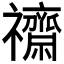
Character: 𮂧